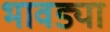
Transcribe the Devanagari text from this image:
भावड्या